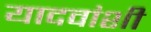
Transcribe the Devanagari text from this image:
यादवांशी